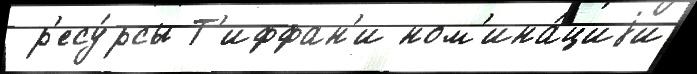
 р'есу́рсы Т'иффан'и ном'ина́циjи